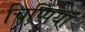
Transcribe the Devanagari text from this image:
चिप्पियाँ